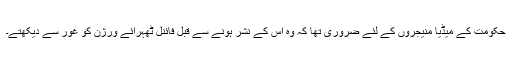
حکومت کے میڈیا منیجروں کے لئے ضروری تھا کہ وہ اس کے نشر ہونے سے قبل فائنل ٹھہرائے ورژن کو غور سے دیکھتے۔